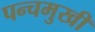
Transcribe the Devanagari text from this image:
पन्चमुखी